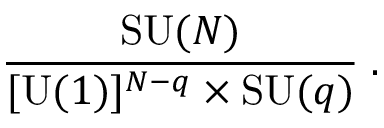
{ \frac { \mathrm { S U } ( N ) } { [ \mathrm { U } ( 1 ) ] ^ { N - q } \times \mathrm { S U } ( q ) } } \; .